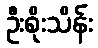
ဦးစိုးသိန်း